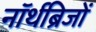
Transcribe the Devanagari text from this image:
नॉर्थब्रिजों